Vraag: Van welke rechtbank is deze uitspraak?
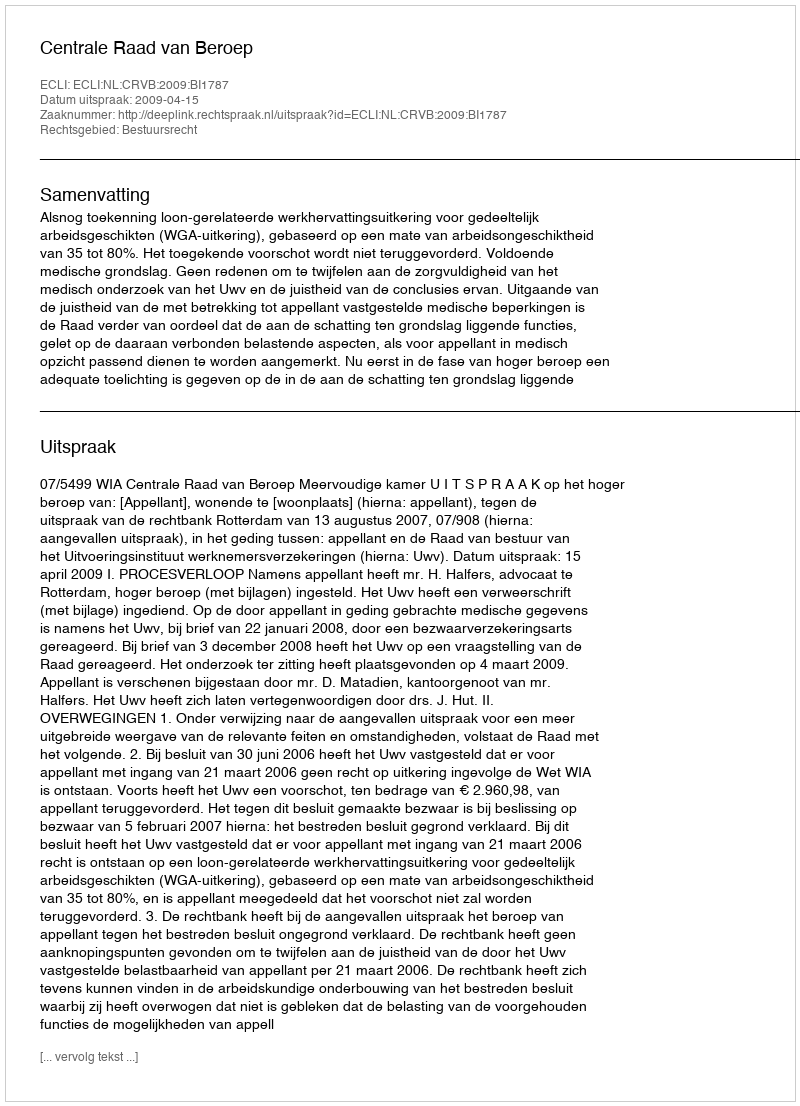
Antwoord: Centrale Raad van Beroep